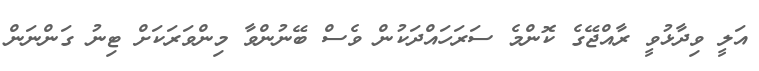
އަލީ ވިދާޅުވީ ރާއްޖޭގެ ކޮންމެ ސަރަހައްދަކުން ވެސް ބޭނުންވާ މިންވަރަކަށް ޓިނު ގަންނަން